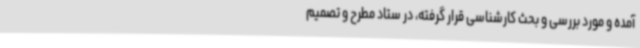
آمده و مورد بررسی و بحث کارشناسی قرار گرفته، در ستاد مطرح و تصمیم